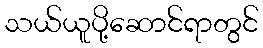
သယ်ယူပို့ဆောင်ရာတွင်